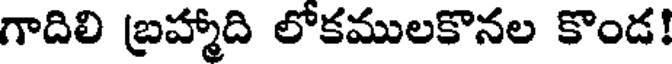
గాదిలి బ్రహ్మాది లోకములకొనల కొండ!